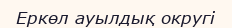
Еркөл ауылдық округі